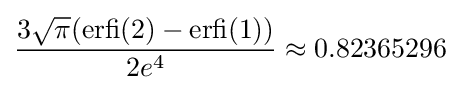
{\frac {3{\sqrt {\pi }}({\text{erfi}}(2)-{\text{erfi}}(1))}{2e^{4}}}\approx 0.82365296